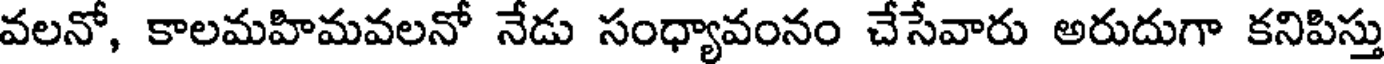
వలనో, కాలమహిమవలనో నేడు సంధ్యావంనం చేసేవారు అరుదుగా కనిపిస్తు